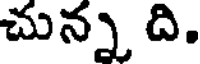
చున్న ది.